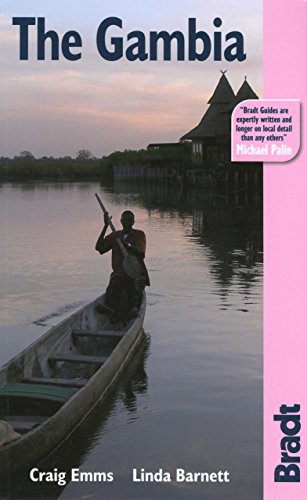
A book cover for The Gambia, 2nd: The Bradt Travel Guide; Craig Emms; Travel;